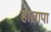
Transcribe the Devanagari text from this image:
हालापा